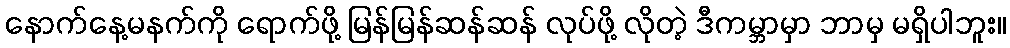
နောက်နေ့မနက်ကို ရောက်ဖို့ မြန်မြန်ဆန်ဆန် လုပ်ဖို့ လိုတဲ့ ဒီကမ္ဘာမှာ ဘာမှ မရှိပါဘူး။